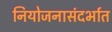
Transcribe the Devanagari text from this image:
नियोजनासंदर्भात